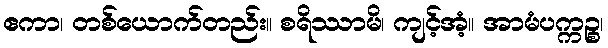
ဧကာ၊ တစ်ယောက်တည်း။ စရိဿာမိ၊ ကျင့်အံ့။ အာမံပက္ကဉ္စ၊